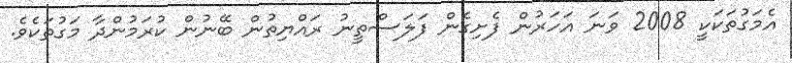
އެމަގުތަކަކީ 2008 ވަނަ އަހަރުން ފެށިގެން ފަލަސްތީނު ރައްޔިތުން ބޭނުން ކުރަމުންދާ މަގުތަކެވެ.